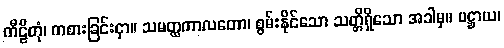
ကီဠိတုံ၊ ကစားခြင်းငှာ။ သမတ္ထကာလတော၊ စွမ်းနိုင်သော သတ္တိရှိသော အခါမှ။ ပဋ္ဌာယ၊